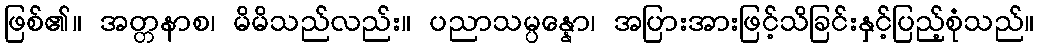
ဖြစ်၏။ အတ္တနာစ၊ မိမိသည်လည်း။ ပညာသမ္ပန္နော၊ အပြားအားဖြင့်သိခြင်းနှင့်ပြည့်စုံသည်။